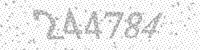
Solution: 244784